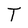
Character: T